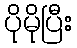
ပိုမိုပြီး